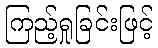
ကြည့်ရှုခြင်းဖြင့်